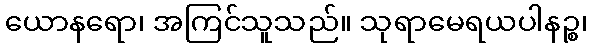
ယောနရော၊ အကြင်သူသည်။ သုရာမေရယပါနဉ္စ၊